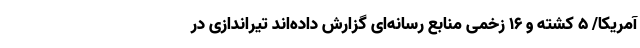
آمریکا/ 5 کشته و 16 زخمی منابع رسانه‌ای گزارش داده‌اند تیراندازی در